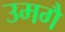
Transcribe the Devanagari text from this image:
उमगै